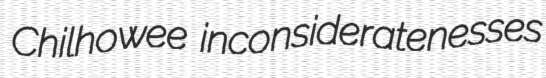
Chilhowee inconsideratenesses